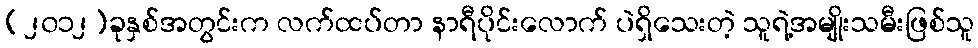
(၂၀၁၂)ခုနှစ်အတွင်းက လက်ထပ်တာ နာရီပိုင်းလောက် ပဲရှိသေးတဲ့ သူရဲ့အမျိုးသမီးဖြစ်သူ